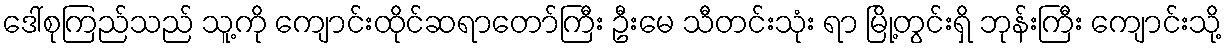
ဒေါ်စုကြည်သည် သူ့ကို ကျောင်းထိုင်ဆရာတော်ကြီး ဦးမေ သီတင်းသုံး ရာ မြို့တွင်းရှိ ဘုန်းကြီး ကျောင်းသို့